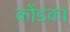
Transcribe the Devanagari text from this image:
कोंडका